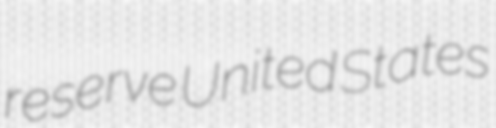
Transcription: reserve United States